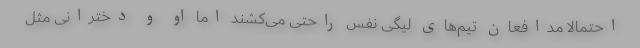
احتمالاً مدافعان تیم‌های لیگی نفس راحتی می‌کشند اما او و دخترانی مثل